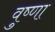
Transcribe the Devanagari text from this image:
वुष्णा